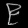
Digit: ၉